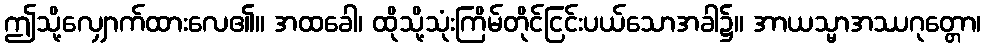
ဤသို့လျှောက်ထားလေ၏။ အထခေါ၊ ထိုသို့သုံးကြိမ်တိုင်ငြင်းပယ်သောအခါ၌။ အာယသ္မာအဿဂုတ္တော၊